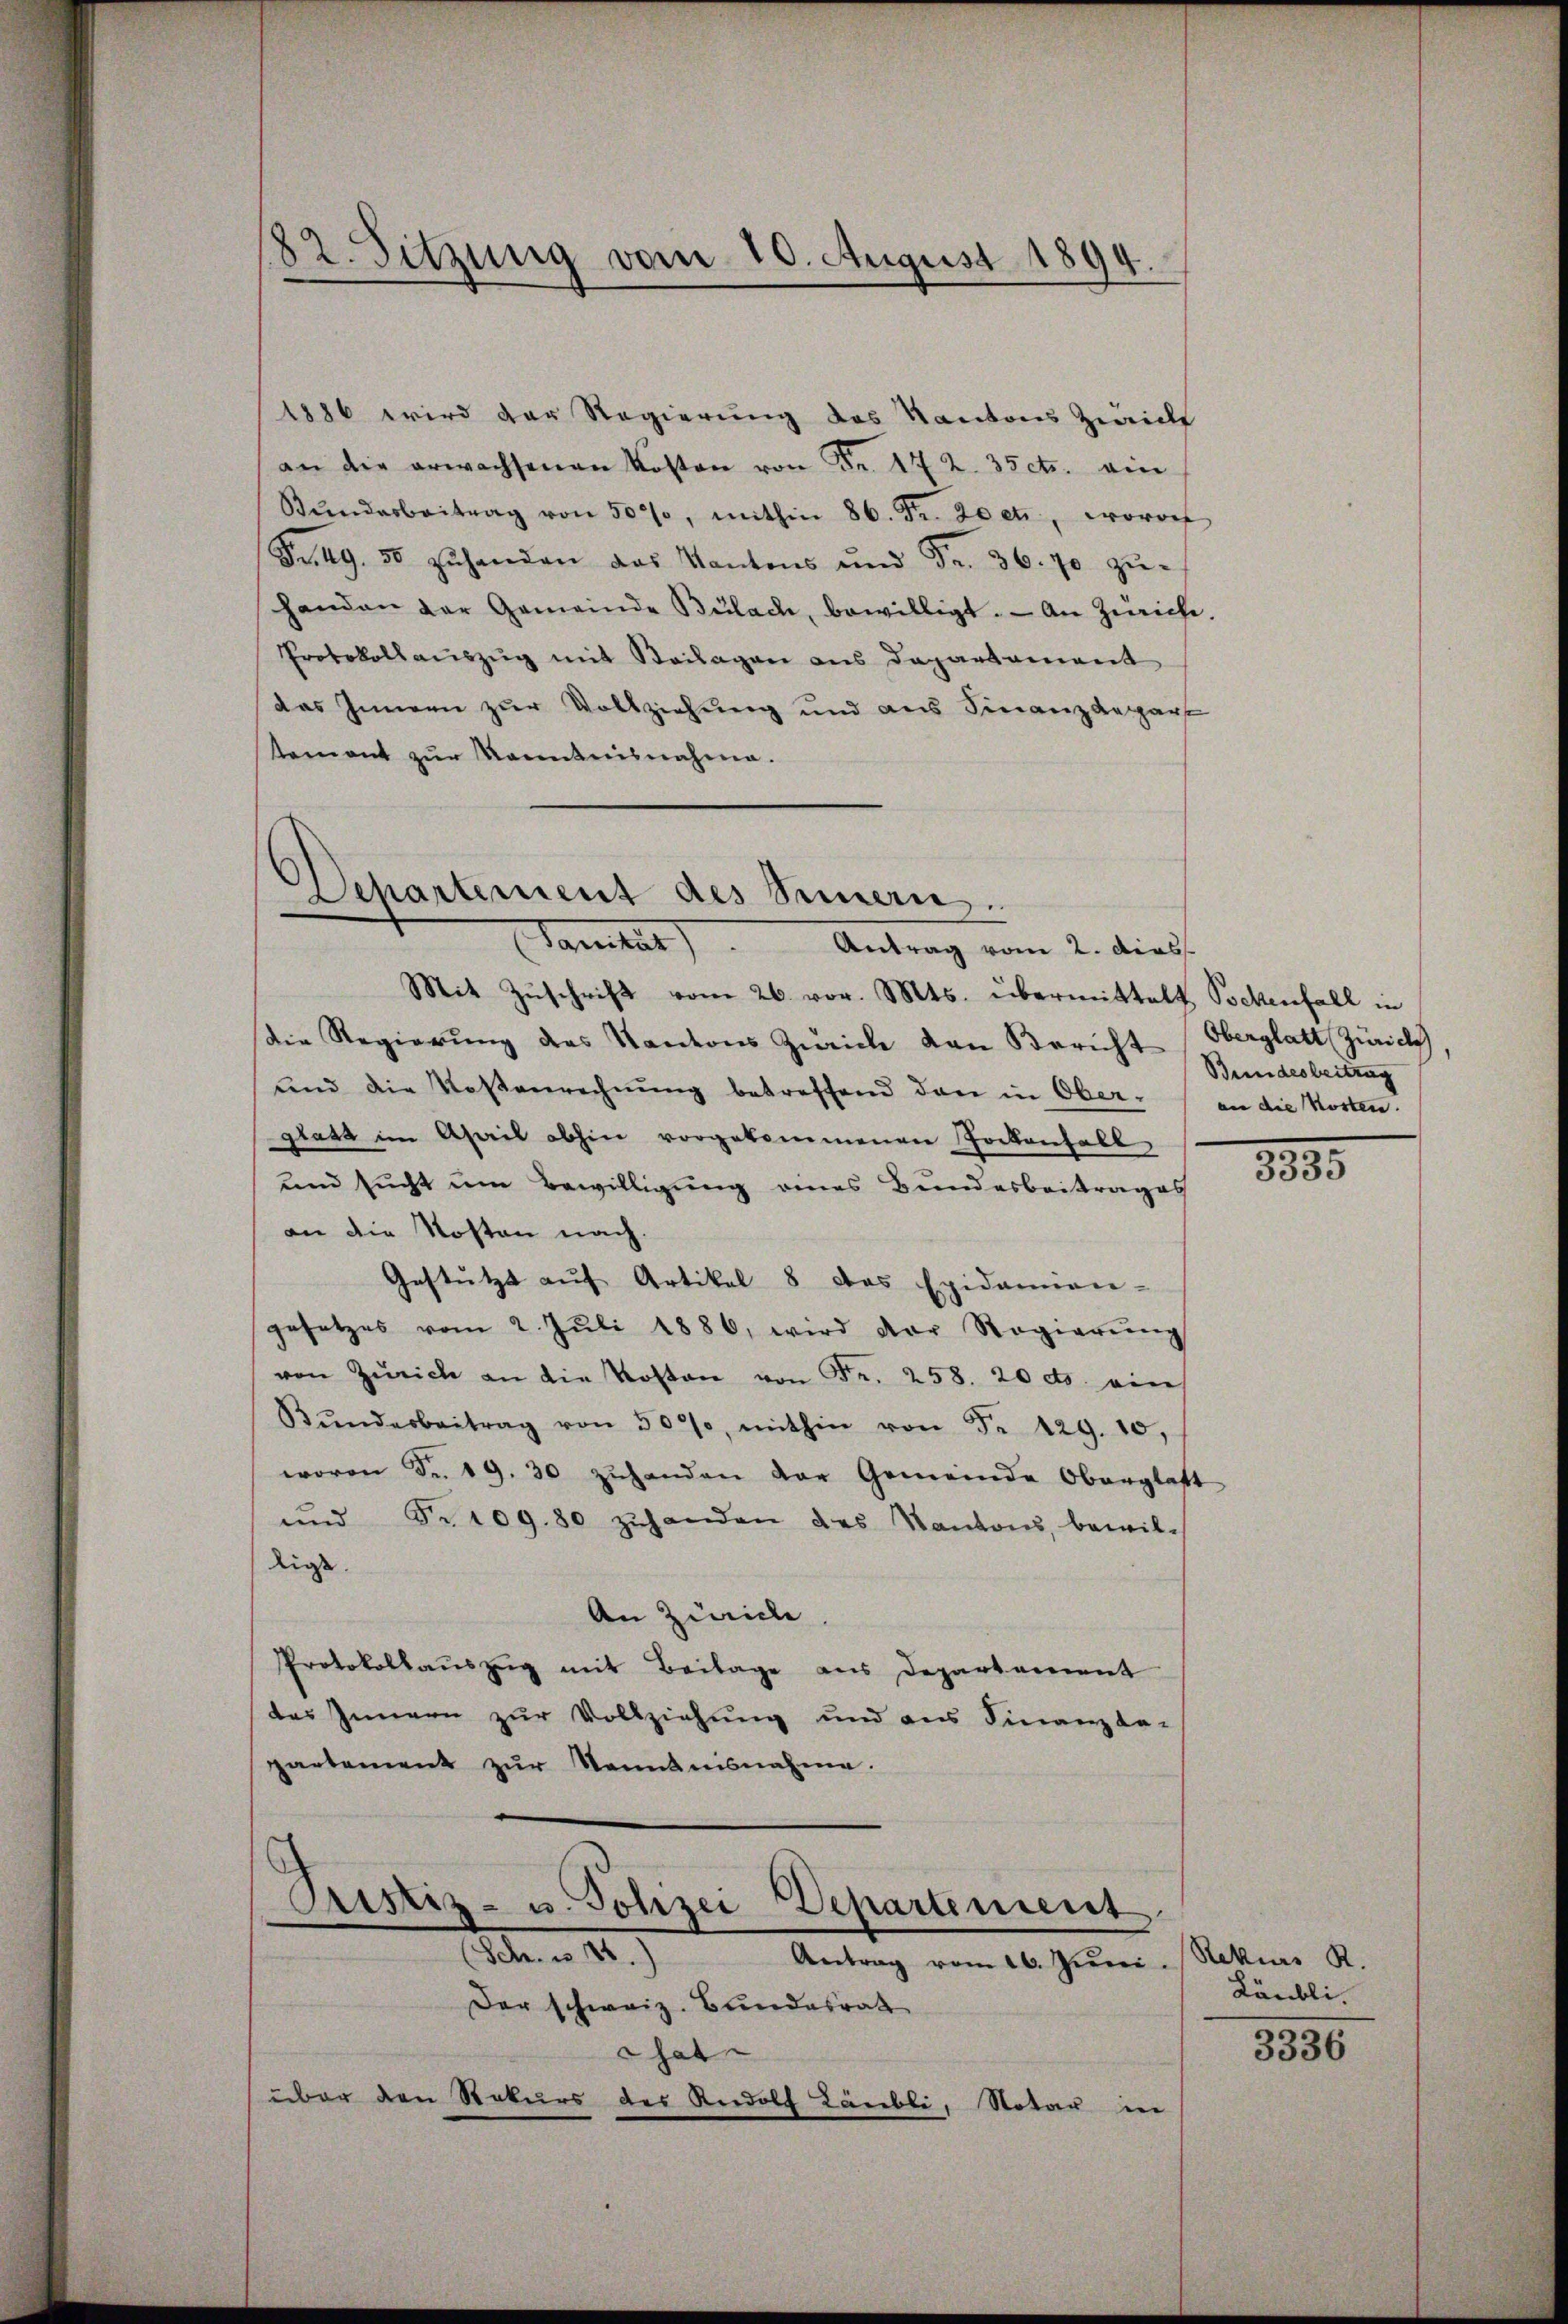
82. Sitzung vom 10. August 1894.

1886 wird der Regierung des Kantons Zwicke
an die erwachsenen Kosten von Fr. 172. 35 cts. ein
Bŭndarbeitrag von 50%, mithin 86. Fr. 20 et, wovon
Fr. 49. 50 zŭ handen das Kantons ŭnd Fr. 36. 70 zŭ-
handen der Gemeinde Bülach, bewilligt. An Zürich.
Protokoll auszug mit Beilagen aus Departament
das Innern zur Vollziehung und aus Finanzdepart
tement zur Kenntnisnahme.

Dchartement des Simmern.
Sanität). Antrag vom 2. dies

Mit Zŭschrift vom 26. vor. Mts. übermittelt Pockenfall in
die Regierŭng des Kantons Zürich von Bericht Oberglatt Zürich
und die Kostenrechnŭng betreffend den in Ober- an die Kosten.
glatt im April abhin vorgekommenen Jockenhall,
und sucht um Bewilligung eines Bundesbeitrages
an die Kosten nach.
Gestützt aŭf Artikel 8 das Epidemien-
gesetzes vom 2. Jŭli 1886, wird der Regierŭng
von Zürich an die Kosten von Fr. 258. 20 ds. ein
Bŭndesbeitrag von 500, mithin von Fr. 129. 10.
wovon Fr. 19. 30 zuhanden der Gemeinde Oberglatt
ŭnd Fr. 109. 80 zŭhanden des Kantons, bewil-
digt.
An Zürich
Protokollauszug mit Beilage aus Departement
des Innern zur Vollziehung und aus Finanzda-
partement zŭr Kenntnisnahme.

Pristiz- u. Polizei Departement
Eheten u. 140.)
Antrag vom 16. Juni. Nekias R.

Der schweiz. Bundesrath
That
über den Rekurs der Rudolf Läubli, Notar in

Bundesbeitrag

8895

Läubli

3336